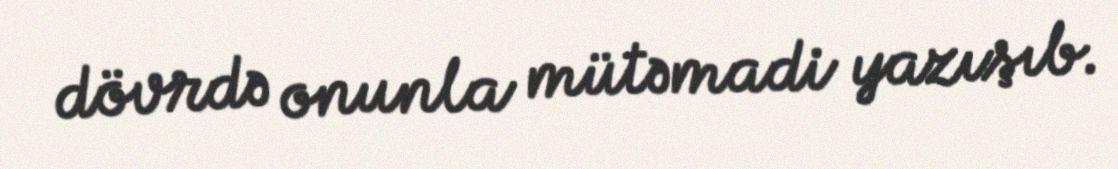
dövrdə onunla mütəmadi yazışıb.